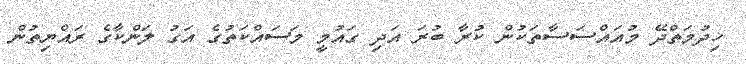
ޚިދުމަތްދޭ މުއައްސަސާތަކުން ކުރާ ބުރަ އަދި ގައުމީ މަސައްކަތުގެ އަގު ލަންކާގެ ރައްޔިތުން